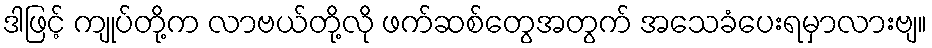
ဒါဖြင့် ကျုပ်တို့က လာဗယ်တို့လို ဖက်ဆစ်တွေအတွက် အသေခံပေးရမှာလားဗျ။